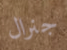
جنرال